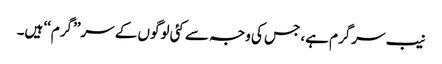
نیب سرگرم ہے، جس کی وجہ سے کئی لوگوں کے سر’’گرم‘‘ ہیں۔